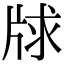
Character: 𤗂